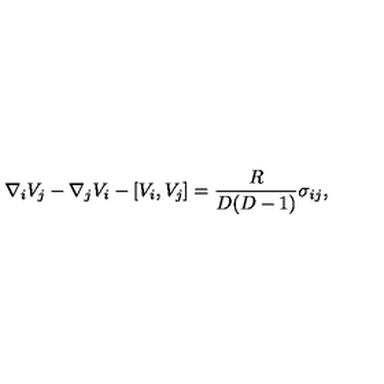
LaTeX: \nabla _ { i } V _ { j } - \nabla _ { j } V _ { i } - [ V _ { i } , V _ { j } ] = \frac { R } { D ( D - 1 ) } \sigma _ { i j } ,